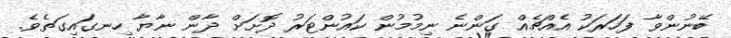
ބޭނުންވާ ފަހަރަކު އެއްޗެއް ގަންނެ ނިމުމުން ކައުންޓަރު ދޮށަށް ދާން ނާޔާ ހިނގައިގަތެވެ.